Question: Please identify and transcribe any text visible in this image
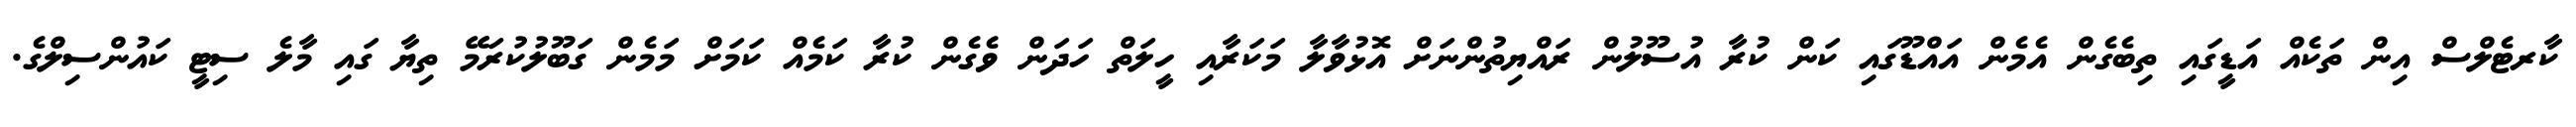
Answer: ކާރޓެލްސް އިން ތަކެއް އަޑީގައި ތިބެގެން އެމެން އައްޑޫގައި ކަން ކުރާ އުސޫލުން ރައްޔިތުންނަށް އޮޅުވާލާ މަކަރާއި ހީލަތް ހަދަން ވެގެން ކުރާ ކަމެއް ކަމަށް މަމެން ގަބޫލުކުރަމޭ ތިޔާ ގައި މާލެ ސިޓީ ކައުންސިލްގެ.